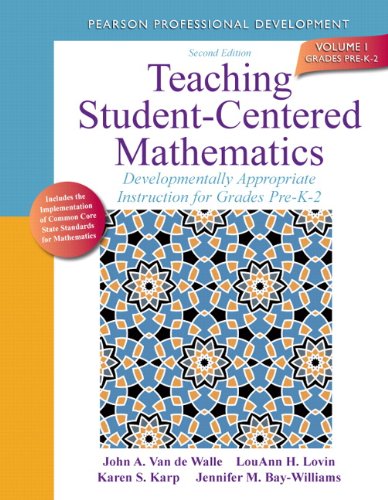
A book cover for Teaching Student-Centered Mathematics: Developmentally Appropriate Instruction for Grades Pre-K-2 (Volume I) (2nd Edition) (New 2013 Curriculum & Instruction Titles); John A. Van de Walle; Education & Teaching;